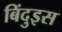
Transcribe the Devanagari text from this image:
बिंदुइस